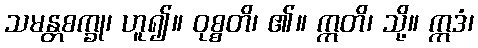
သမန္တစက္ခု၊ ဟူ၍။ ဝုစ္စတိ၊ ၏။ ဣတိ၊ သို့။ ဣဒံ၊